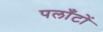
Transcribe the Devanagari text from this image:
पलाँटों